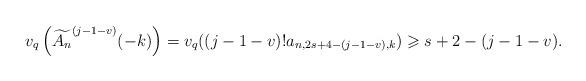
LaTeX: \begin{align*} v_q\left( \widetilde{A_n}^{(j-1-v)}(-k) \right) = v_q((j-1-v)!a_{n,2s+4-(j-1-v),k}) \geqslant s+2-(j-1-v).\end{align*}